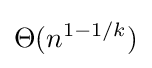
\Theta (n^{1-1/k})